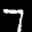
Label: 7